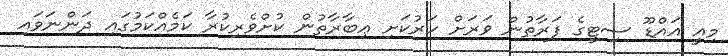
މިއީ އައްޑޫ ސިޓީގެ ފަރާތުން ވަރަށް ހަރުކަށި ޢިބާރާތުން ކުށްވެރިކުރާ ކަމެއްކަމުގައި ދަންނަވައި